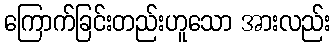
ကြောက်ခြင်းတည်းဟူသော အားလည်း